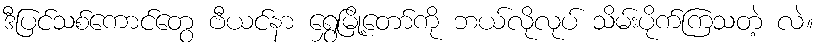
ဒီပြင်သစ်ကောင်တွေ ဗီယင်နာ ရွှေမြို့တော်ကို ဘယ်လိုလုပ် သိမ်းပိုက်ကြသတဲ့ လဲ။